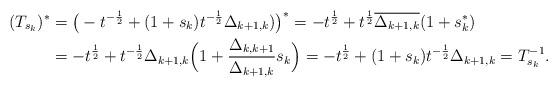
LaTeX: \begin{align*}(T_{s_k})^*&= \big(-t^{-\frac12}+(1+s_k)t^{-\frac12}\Delta_{k+1,k})\big)^* = -t^{\frac12} + t^{\frac12} \overline{\Delta_{k+1,k}} (1+s_k^*) \\&= -t^{\frac12} + t^{-\frac12} \Delta_{k+1,k} \Big(1+\frac{\Delta_{k,k+1}}{\Delta_{k+1,k}} s_k\Big) = -t^{\frac12} + (1+s_k)t^{-\frac12}\Delta_{k+1,k} = T^{-1}_{s_k}.\end{align*}